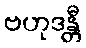
ဗဟုဒန္တီ